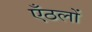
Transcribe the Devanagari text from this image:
एँठलों